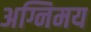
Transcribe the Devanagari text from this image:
अग्निमय